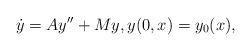
LaTeX: \begin{align*}\dot y=Ay''+My, y(0,x)=y_0(x),\end{align*}